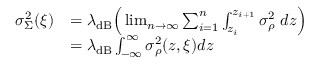
\begin{array} { r l } { \sigma _ { \Sigma } ^ { 2 } ( \boldsymbol { \xi } ) } & { = \lambda _ { \mathrm { d B } } \Big ( \operatorname* { l i m } _ { n \to \infty } \sum _ { i = 1 } ^ { n } \int _ { z _ { i } } ^ { z _ { i + 1 } } \sigma _ { \rho } ^ { 2 } \ d z \Big ) } \\ & { = \lambda _ { \mathrm { d B } } \int _ { - \infty } ^ { \infty } \sigma _ { \rho } ^ { 2 } ( z , \boldsymbol { \xi } ) d z } \end{array}